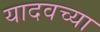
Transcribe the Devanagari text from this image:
यादवच्या